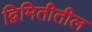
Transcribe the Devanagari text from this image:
द्विमितीतील